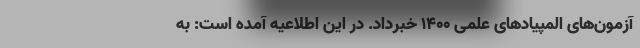
آزمون‌های المپیادهای علمی 1400 خبرداد. در این اطلاعیه آمده است: به